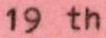
19 th